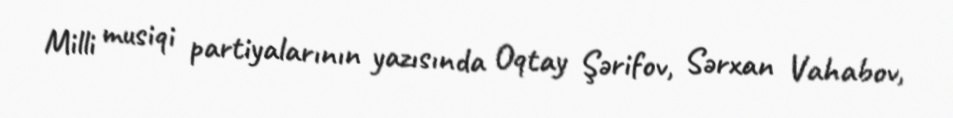
Milli musiqi partiyalarının yazısında Oqtay Şərifov, Sərxan Vahabov,